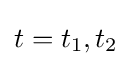
t=t_{1},t_{2}